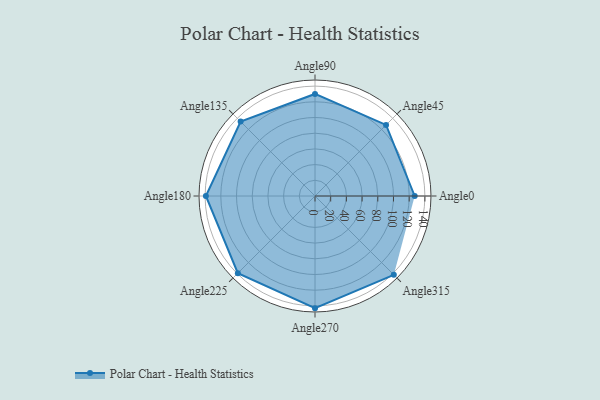
{"axis": {"x": "Angle", "y": "Radius"}, "legend": [""], "data": [{"x": "Angle0", "y": 127.0, "type": ""}, {"x": "Angle45", "y": 128.0, "type": ""}, {"x": "Angle90", "y": 130.0, "type": ""}, {"x": "Angle135", "y": 134.0, "type": ""}, {"x": "Angle180", "y": 139.0, "type": ""}, {"x": "Angle225", "y": 139.0, "type": ""}, {"x": "Angle270", "y": 143.0, "type": ""}, {"x": "Angle315", "y": 142.0, "type": ""}]}